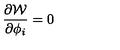
\frac { \partial { \cal W } } { \partial \phi _ { i } } = 0